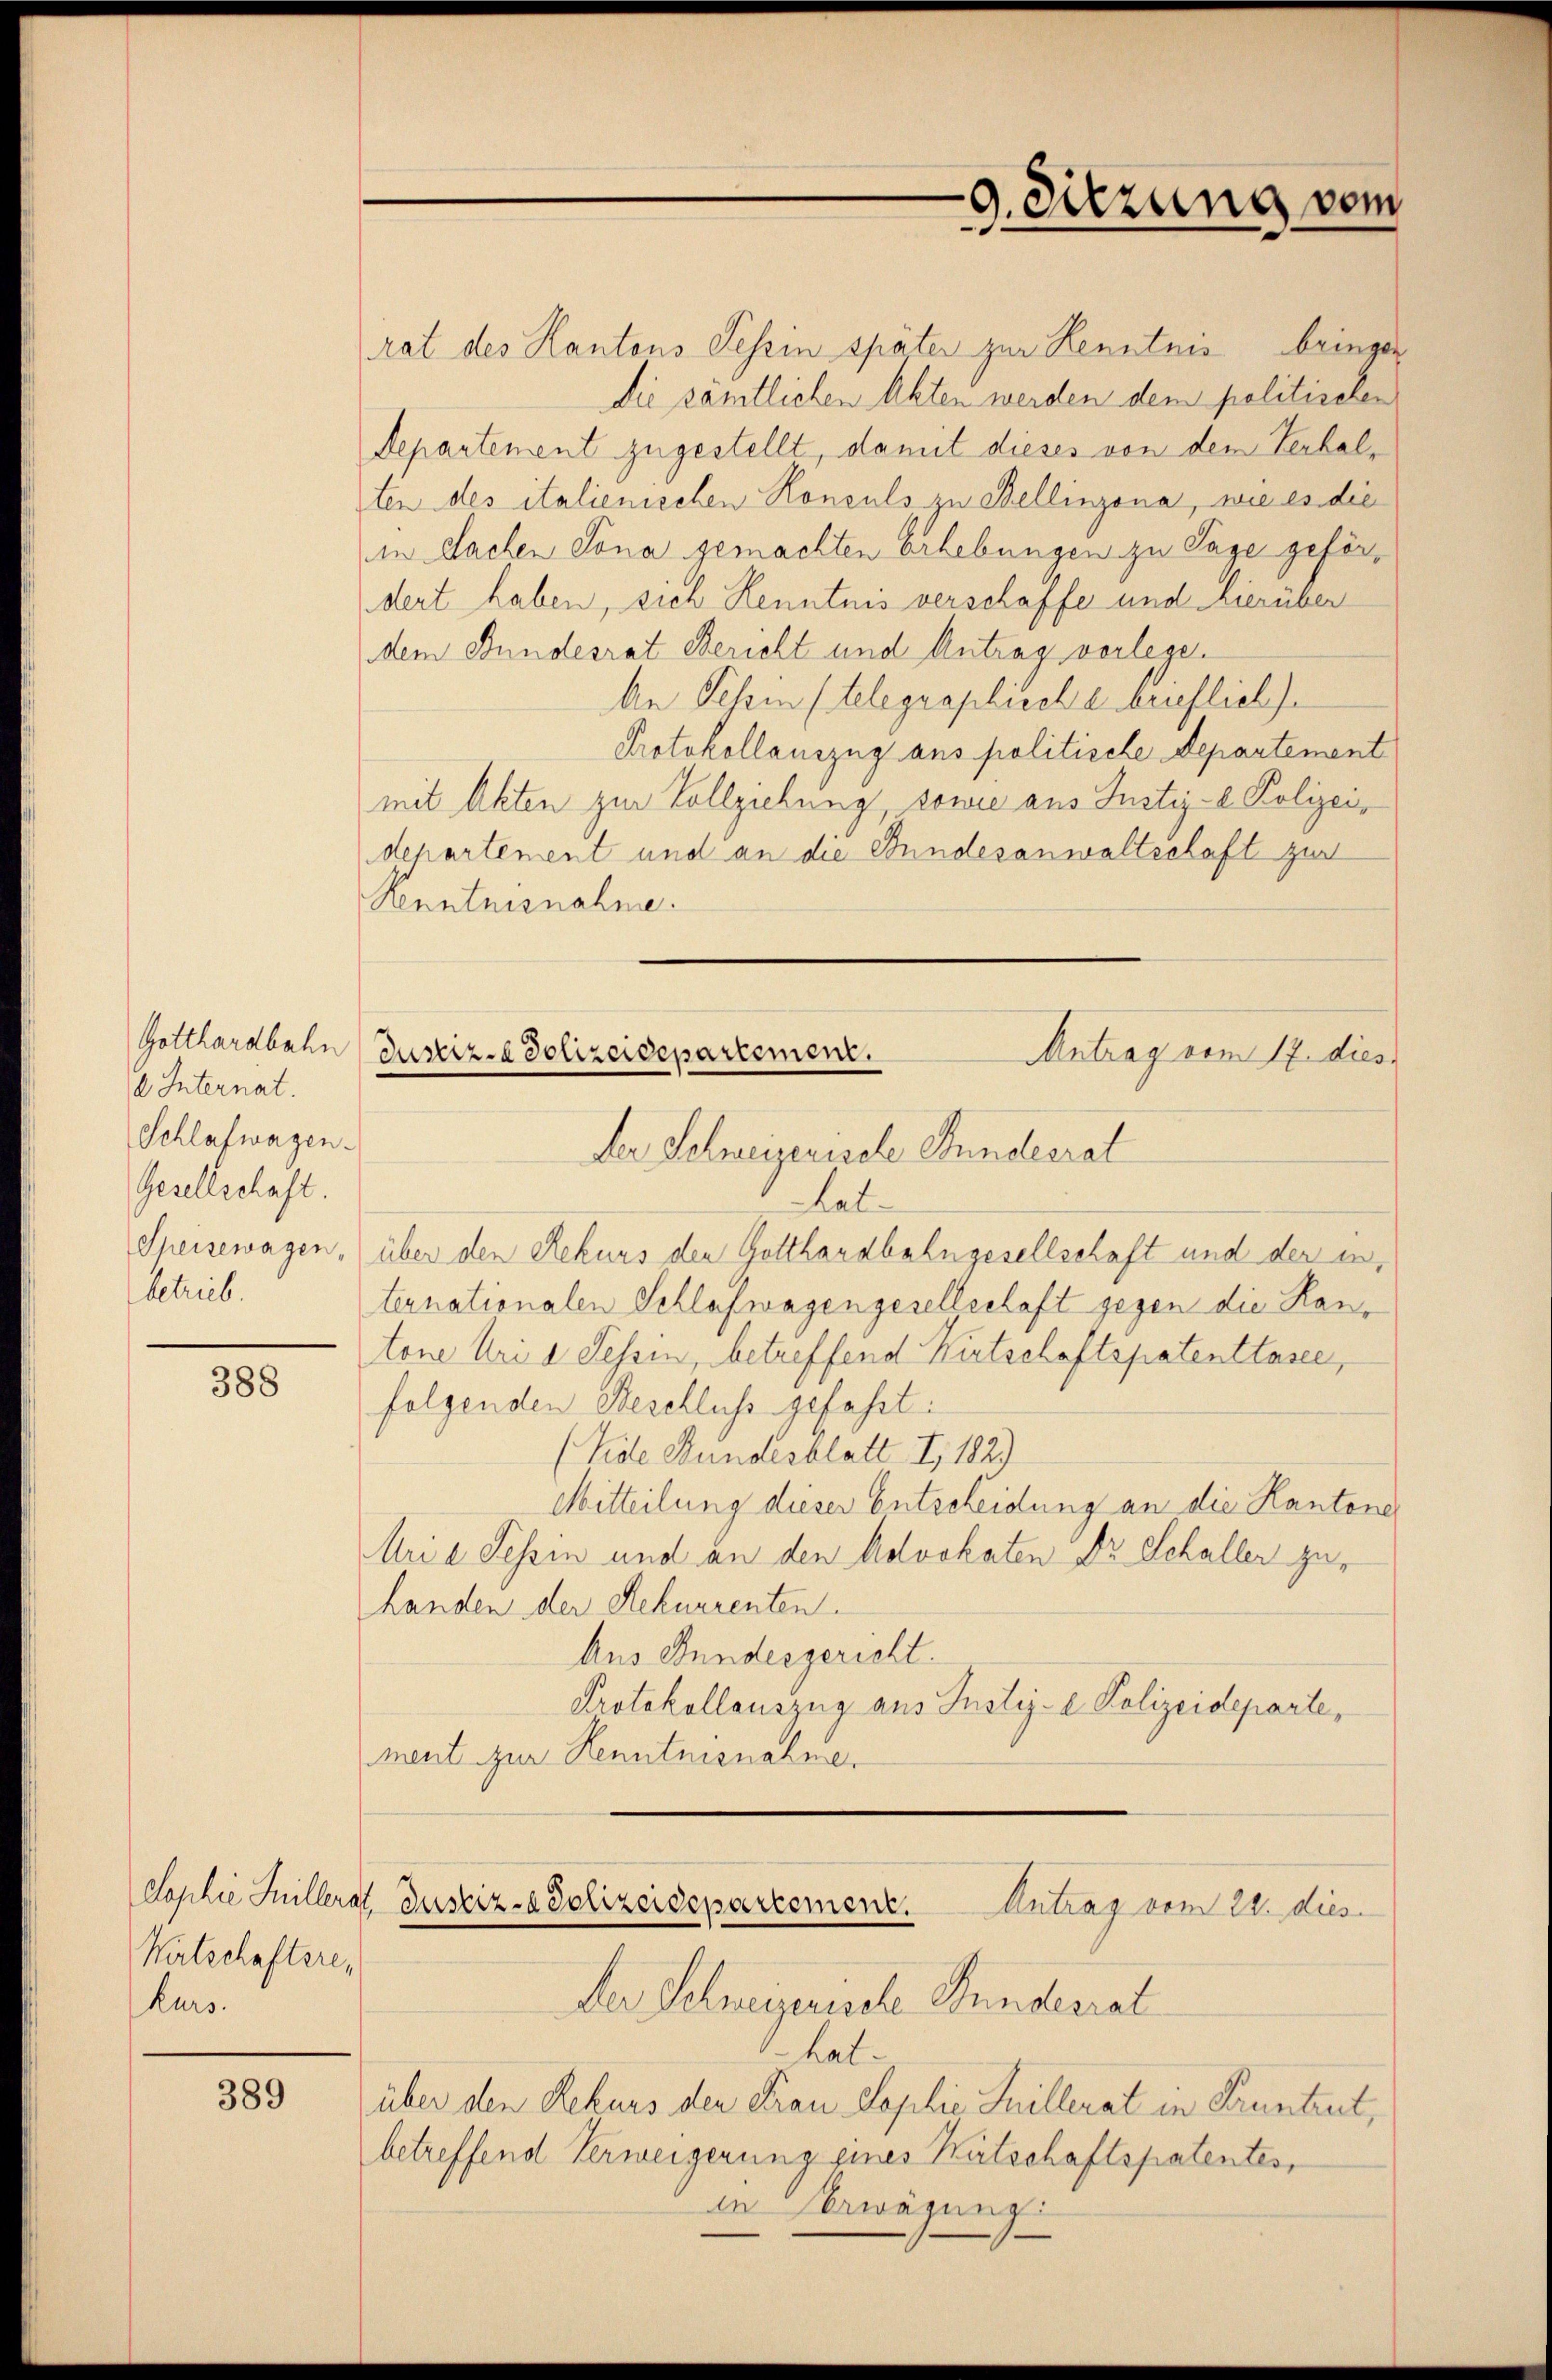
Internat.
Schlafwagen.
Gesellschaft.
betrieb.

388

Wirtschaftsrekurs.

389

rat des Kantons Tessin später zur Kenntnis bringer
die sämtlichen Akten werden dem politischen
Departement zugestellt, damit dieses von dem Verhalten des italienischen Konsuls zu Bellinzona, wie es die
in Sachen Jona gemachten Erhebungen zu Tage gefördert haben, sich Kenntnis verschaffe und hierüber
dem Bundesrat Bericht und Antrag vorlege.
An Tessin stelegraphische brieflich).
Protokollauszug aus politische Departement
mit Akten zur Vollziehung sowie aus Justiz- & Polizeidepartement und an die Bundesanwaltschaft zur
Kenntnisnahme.

9. Dierung vom

Lat.
Speisewagen, über den Rekurs den Gotthardbahngesellschaft und der in
ternationalen Schlafwagengesellschaft gegen die Hantone Uri a Tessin, betreffend Kitschaftspatenttasee,
folgenden Beschluss gefasst:
(Vide Bundesblatt I 182)
Mitteilung dieser Entscheidung an die Kantone
Arie Tessin und an den Advokaten Dr Schaller zu¬
Landen der Rekurrenten.
Aus Bundesgericht.
Protokollauszug aus Justiz- & Polizeideparte,
ment zur Kenntnisnahme.

Gotthardbahn (Justiz- Polizeidepartement.
Antrag vom 17. dies
der Schweizerische Bundesrat

der Schweizerische Stundesrat
hat.
über den Rekurs den Frau Sophie Inillerat in Paruntent,
betreffend Verweigerung eines Kutschaftspatentes,
in Erwägung

Sophie Hüllerat Justiz- & Polizeidepartement.
Antrag vom 28. dies